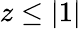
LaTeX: z\leq|1|